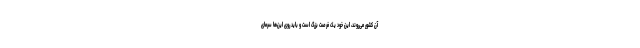
آن کشور می‌روند، این خود یک فرصت بزرگ است و باید روی این‌ها سرمای